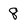
Character: 8